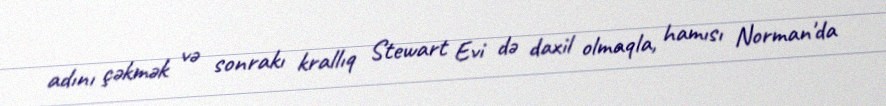
adını çəkmək və sonrakı krallıq Stewart Evi də daxil olmaqla, hamısı Norman'da